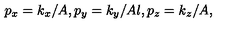
p _ { x } = k _ { x } / A , p _ { y } = k _ { y } / A l , p _ { z } = k _ { z } / A ,